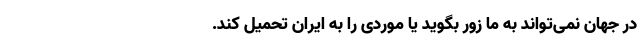
در جهان نمی‌تواند به ما زور بگوید یا موردی را به ایران تحمیل کند.